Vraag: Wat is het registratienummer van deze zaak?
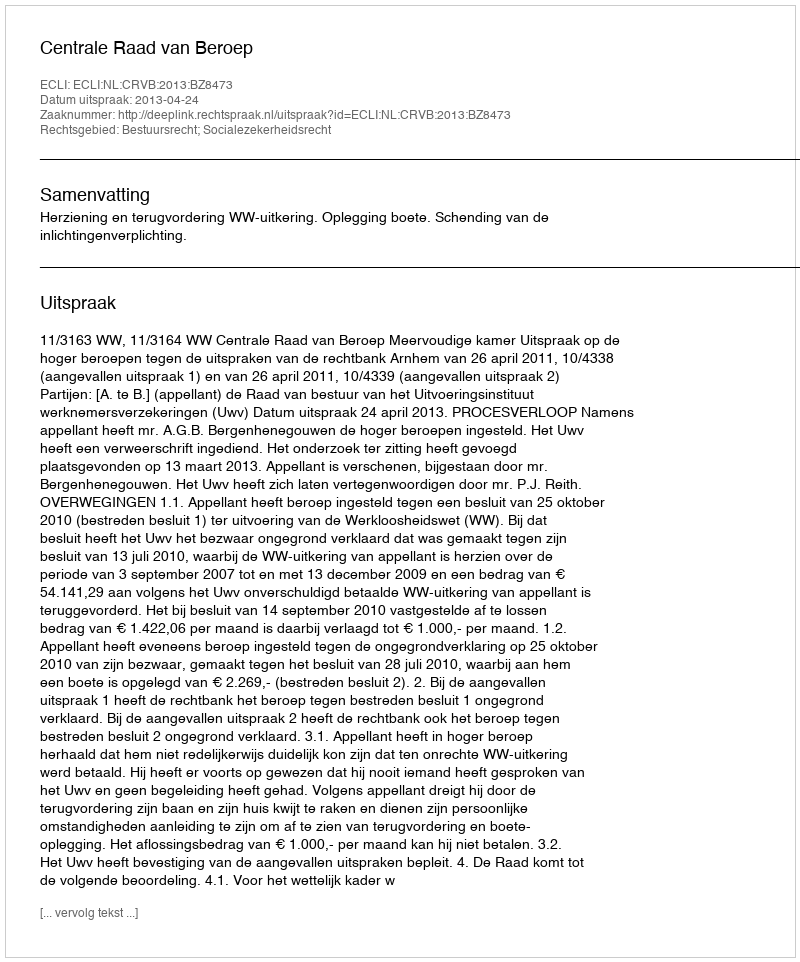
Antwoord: http://deeplink.rechtspraak.nl/uitspraak?id=ECLI:NL:CRVB:2013:BZ8473